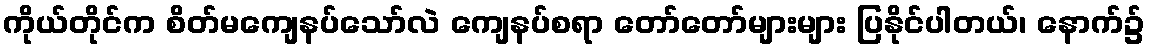
ကိုယ်တိုင်က စိတ်မကျေနပ်သော်လဲ ကျေနပ်စရာ တော်တော်များများ ပြနိုင်ပါတယ်၊ နောက်၌